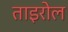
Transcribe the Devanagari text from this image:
ताइरोल